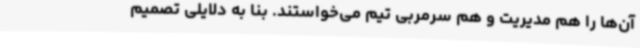
آن‌ها را هم مدیریت و هم سرمربی تیم می‌خواستند. بنا به دلایلی تصمیم